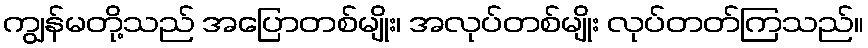
ကျွန်မတို့သည် အပြောတစ်မျိုး၊ အလုပ်တစ်မျိုး လုပ်တတ်ကြသည်။